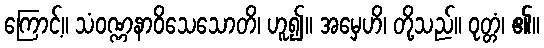
ကြောင့်။ သံဝဏ္ဏနာဝိသေသောတိ၊ ဟူ၍။ အမှေဟိ၊ တို့သည်။ ဝုတ္တံ၊ ၏။